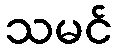
သမင်